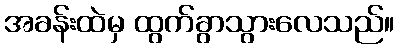
အခန်းထဲမှ ထွက်ခွာသွားလေသည်။